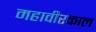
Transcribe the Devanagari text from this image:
महावीरकाल